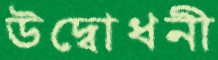
উদ্বোধনী